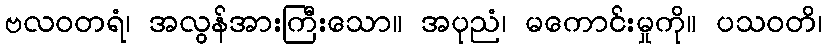
ဗလဝတရံ၊ အလွန်အားကြီးသော။ အပုညံ၊ မကောင်းမှုကို။ ပသဝတိ၊